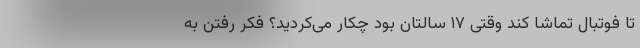
تا فوتبال تماشا کند وقتی ۱۷ سالتان بود چکار می‌کردید؟ فکر رفتن به